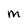
Character: M